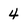
Character: 4